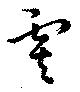
虞